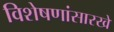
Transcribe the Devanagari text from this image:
विशेषणांसारखे